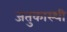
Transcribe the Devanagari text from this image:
जतुकास्थी